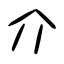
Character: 介